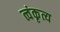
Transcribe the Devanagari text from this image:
त्वंकृत्य